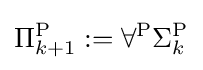
\Pi _{k+1}^{\mathrm {P} }:=\forall ^{\mathrm {P} }\Sigma _{k}^{\mathrm {P} }